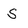
Character: S